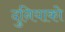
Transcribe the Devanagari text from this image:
दुनियाको